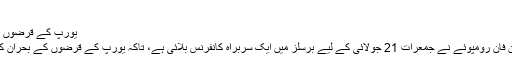
(20.07.2011)
یورپ کے قرضوں کے بحران پر سربراہ کانفرنس
یورپی کونسل کے صدر ہیرمان فان رومپوئے نے جمعرات 21 جولائی کے لیے برسلز میں ایک سربراہ کانفرنس بلائی ہے، تاکہ یورپ کے قرضوں کے بحران کا کوئی حل تلاش کیا جا سکے۔